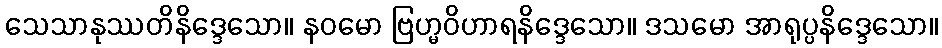
သေသာနုဿတိနိဒ္ဒေသော။ နဝမော ဗြဟ္မဝိဟာရနိဒ္ဒေသော။ ဒသမော အာရုပ္ပနိဒ္ဒေသော။